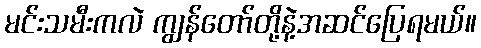
မင်းသမီးကလဲ ကျွန်တော်တို့နဲ့အဆင်ပြေရမယ်။